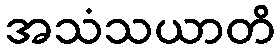
အသံသယာတိ